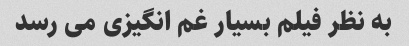
به نظر فیلم بسیار غم انگیزی می رسد